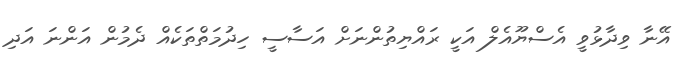
އޭނާ ވިދާޅުވީ އެސްޔޫއެލް އަކީ ރައްޔިތުންނަށް އަސާސީ ހިދުމަތްތަކެއް ދެމުން އަންނަ އަދި